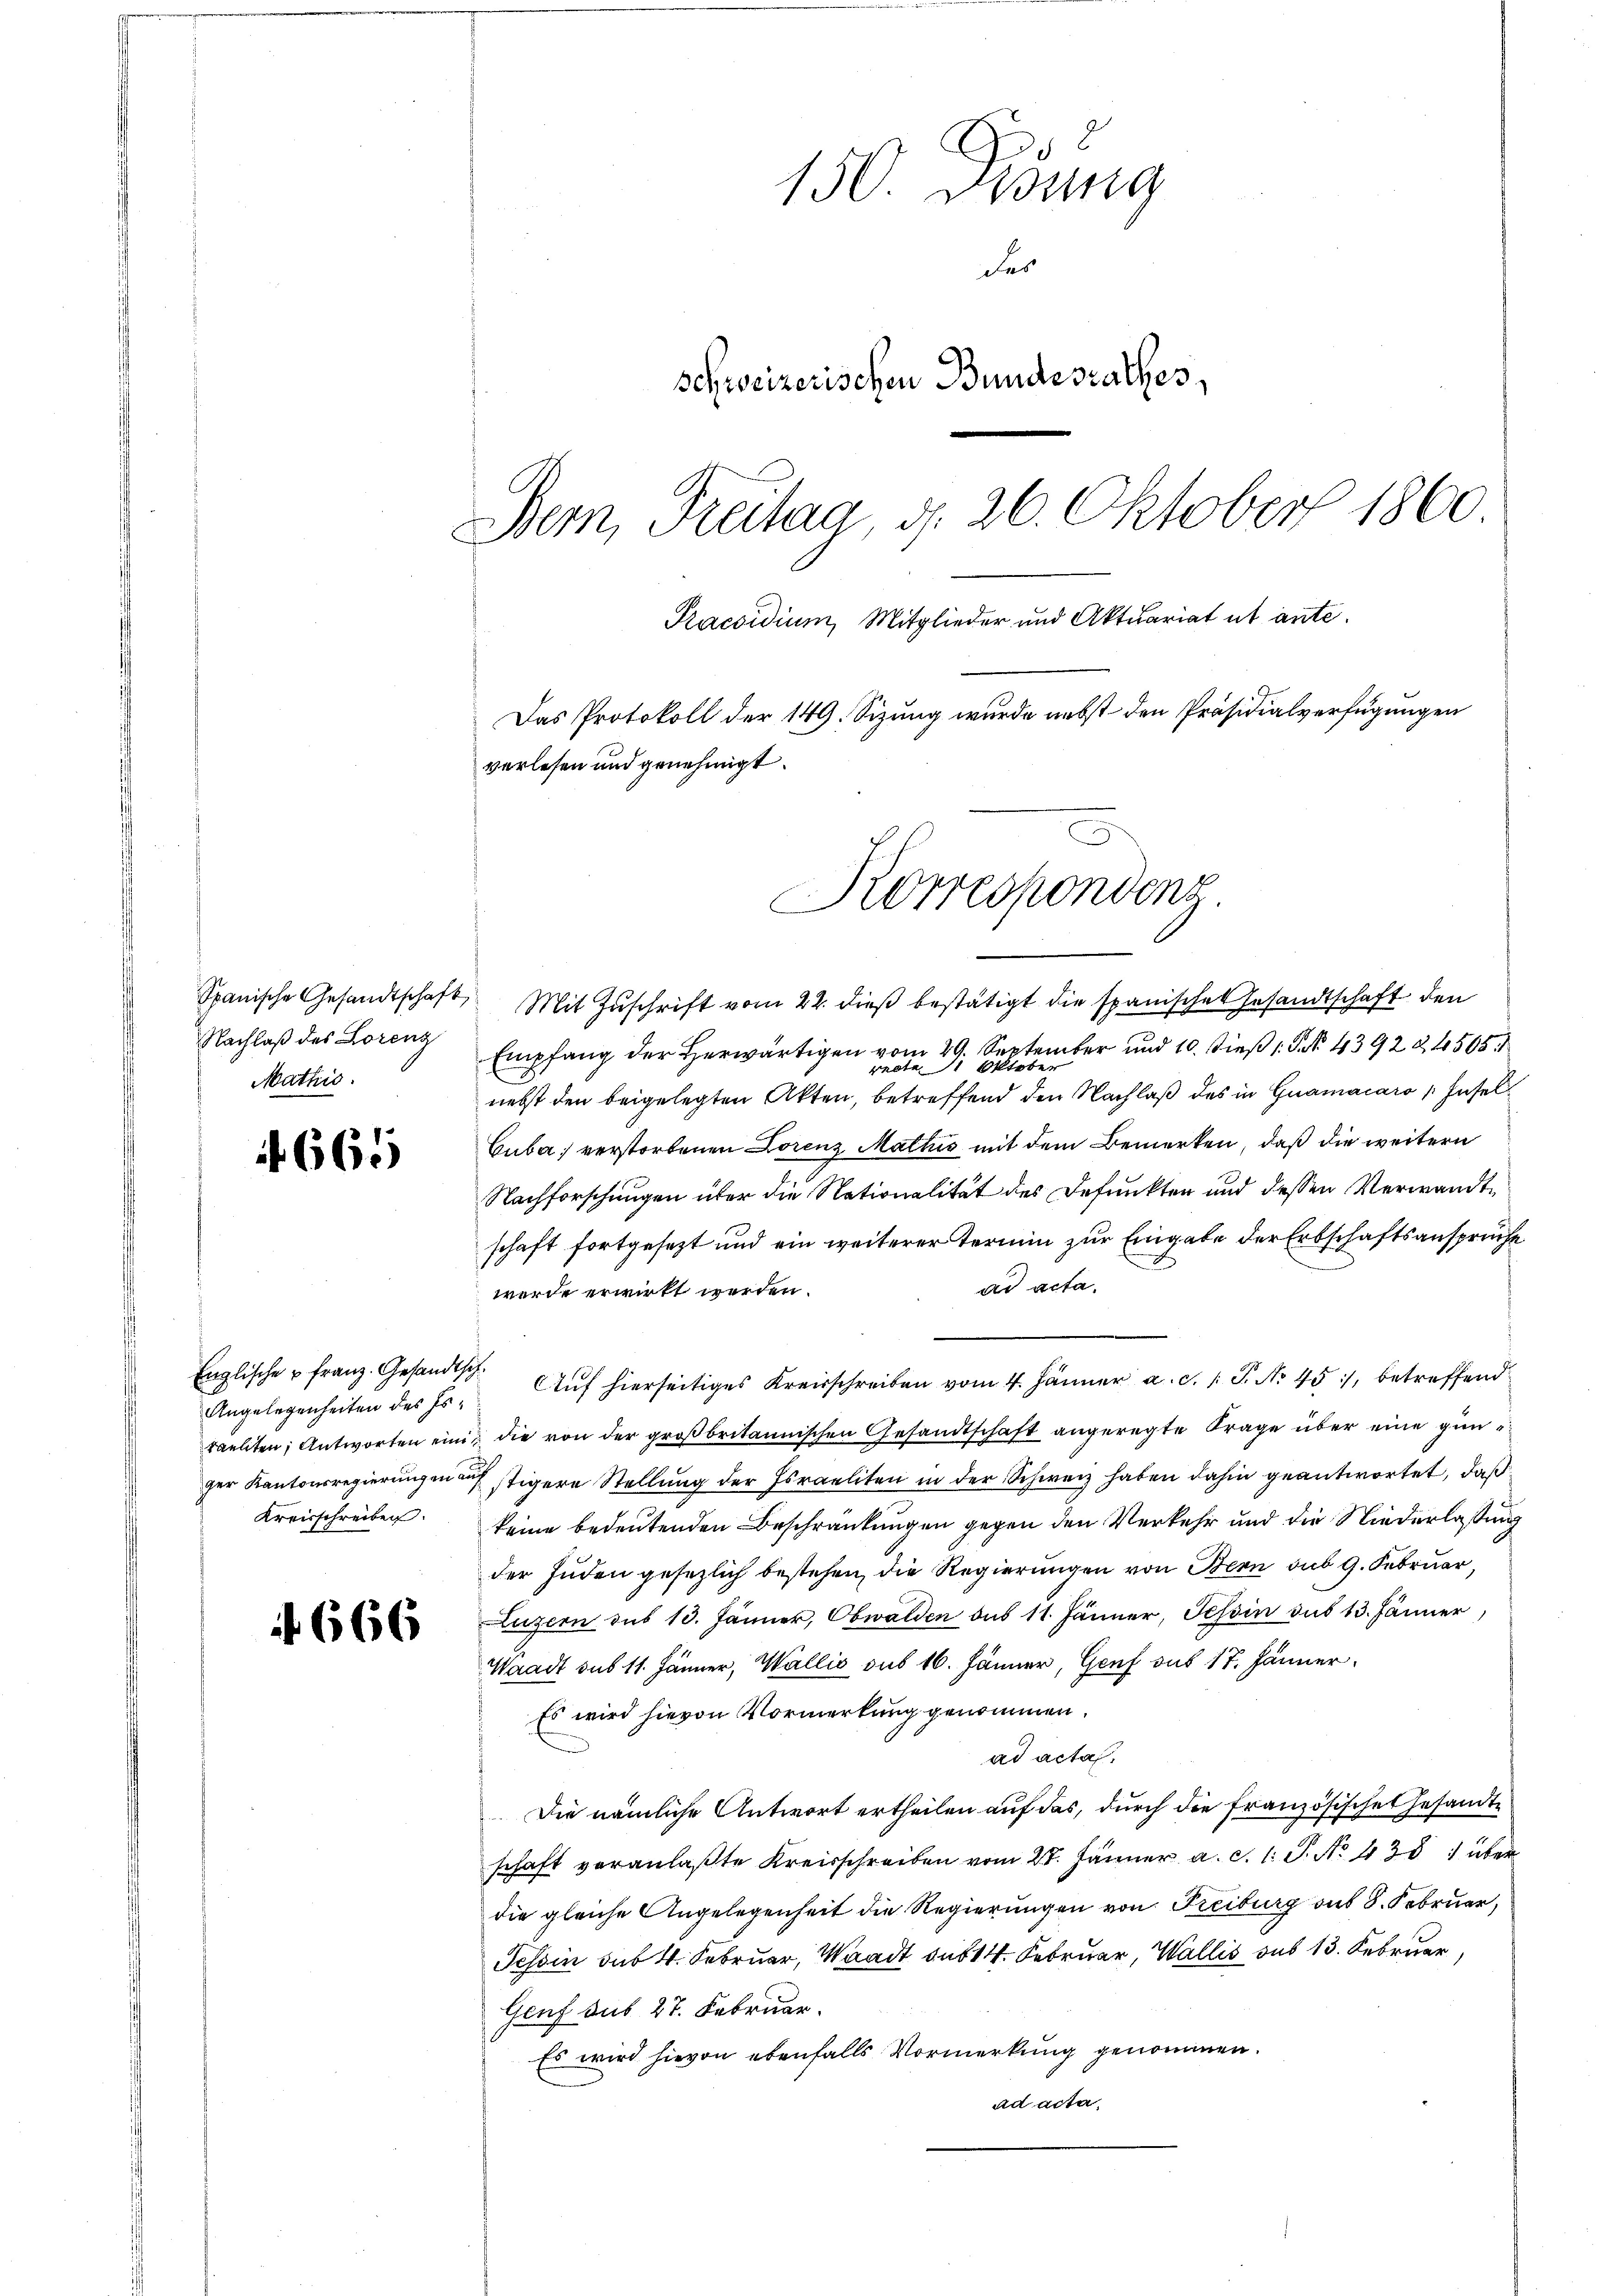
Spanische Gesandtschaft
Nachlaß des Lorenz
Mathis

665

Englische u Franz. Gesandtsch
Angelegenheiten des Er¬
Kreisschreiben.

666

8
150. Deung
des
schweizerischen Bundesrathes,
Bern, Freitag, d. 26. Oktober 1860
Praesidium, Mitglieder und Aktuariat ut ante.
Das Protokoll der 149. Sizung wurde nebst den Präsidialverfügungen
verlesen und genehmigt.

Korrespondenz.

Mit Zuschrift vom 22. dieß bestätigt die spanischen Gesandtschaft den
Empfang der Herwärtigen vom 29. September und 10. dieß P. Nr. 43922, 4505
nebst den beigelegten Akten, betreffend den Nachlaß des in Guamacaro Insel
Cuba verstorbenen Lorenz Wallis mit dem Bemerken, daß die weitern
Nachforschungen über die Nationalität des Befunkten und dessen Verwandtschaft fortgesezt und ein weiterer Termin zur Eingabe der Erbschaftsansprüche
ad acta.
werde erwirkt werden.
. Auf hierseitiges Kreisschreiben vom 4. Jänner a. c. 1 S. No 45), betreffend
raeliten; Antworten einig die von der groβbritannischen Gesandtschaft angeregte Frage über eine günger Kantonsregierungen auf stigere Stellung der Israeliten in der Schweiz haben dahin geantwortet, daß
keine bedeutenden Beschränkungen gegen den Verkehr und die Niederlaßung
der Juden gesezlich bestehen, die Regierungen von Bern sub 9. Februar,
Luzern sub 13. Jänner, Obwalden des 11. Jänner, Tessin das 13. Jänner,
Waadt sub 11. Jänner, Wallis sub 16. Jänner, Genf sus 17. Jänner
Es wird hievon Vormerkung genommen.
ad acta.
Die nämliche Antwort ertheilen auf das, durch die französisches Gesandte
schaft veranlaβte Kreisschreiben vom 27. Jänner a. c. l. J. No. 435 1 über
die gleiche Angelegenheit die Regierungen von Freiburg aus 8. Februar,
Tessin sub 4. Februar, Waadt sub 14. Februar, Wallis des 13. Februar
Genf sub 27. Februar.
Es wird hievon ebenfalls Vormerkung genommen.
ad acta.